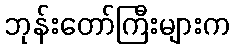
ဘုန်းတော်ကြီးများက